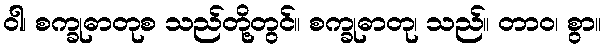
ဝါ၊ စက္ခုဓာတုစ သည်တို့တွင်။ စက္ခုဓာတု၊ သည်။ တာဝ၊ စွာ။